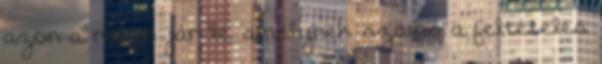
azon a napon jár le, amelynek száma a feltételes